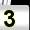
Digit: 3